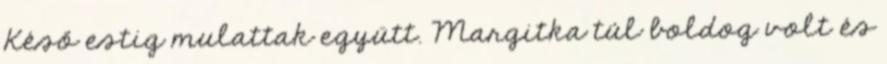
Késő estig mulattak együtt. Margitka túl boldog volt és